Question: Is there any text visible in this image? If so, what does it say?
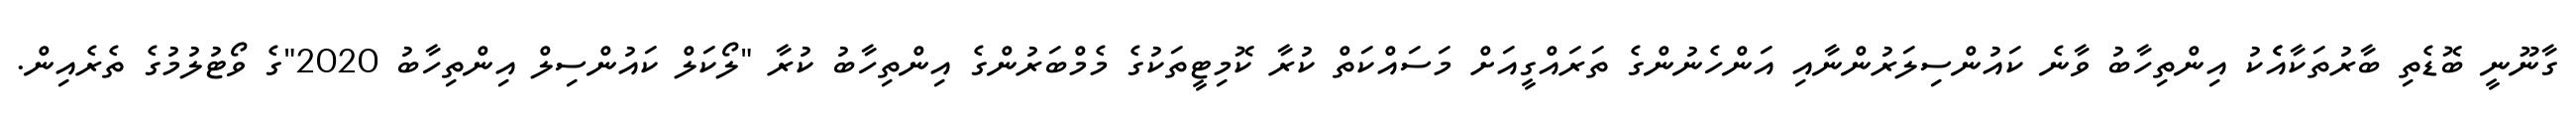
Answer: ގާނޫނީ ބޮޑެތި ބާރުތަކާއެެކު އިންތިހާބު ވާނެ ކައުންސިލަރުންނާއި އަންހެނުންގެ ތަރައްގީއަށް މަސައްކަތް ކުރާ ކޮމިޓީތަކުގެ މެމްބަރުންގެ އިންތިހާބު ކުރާ "ލޯކަލް ކައުންސިލް އިންތިހާބު 2020"ގެ ވޯޓުލުމުގެ ތެރެއިން.